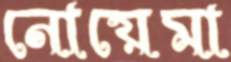
নোয়েমা